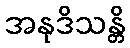
အနုဒိသန္တိ